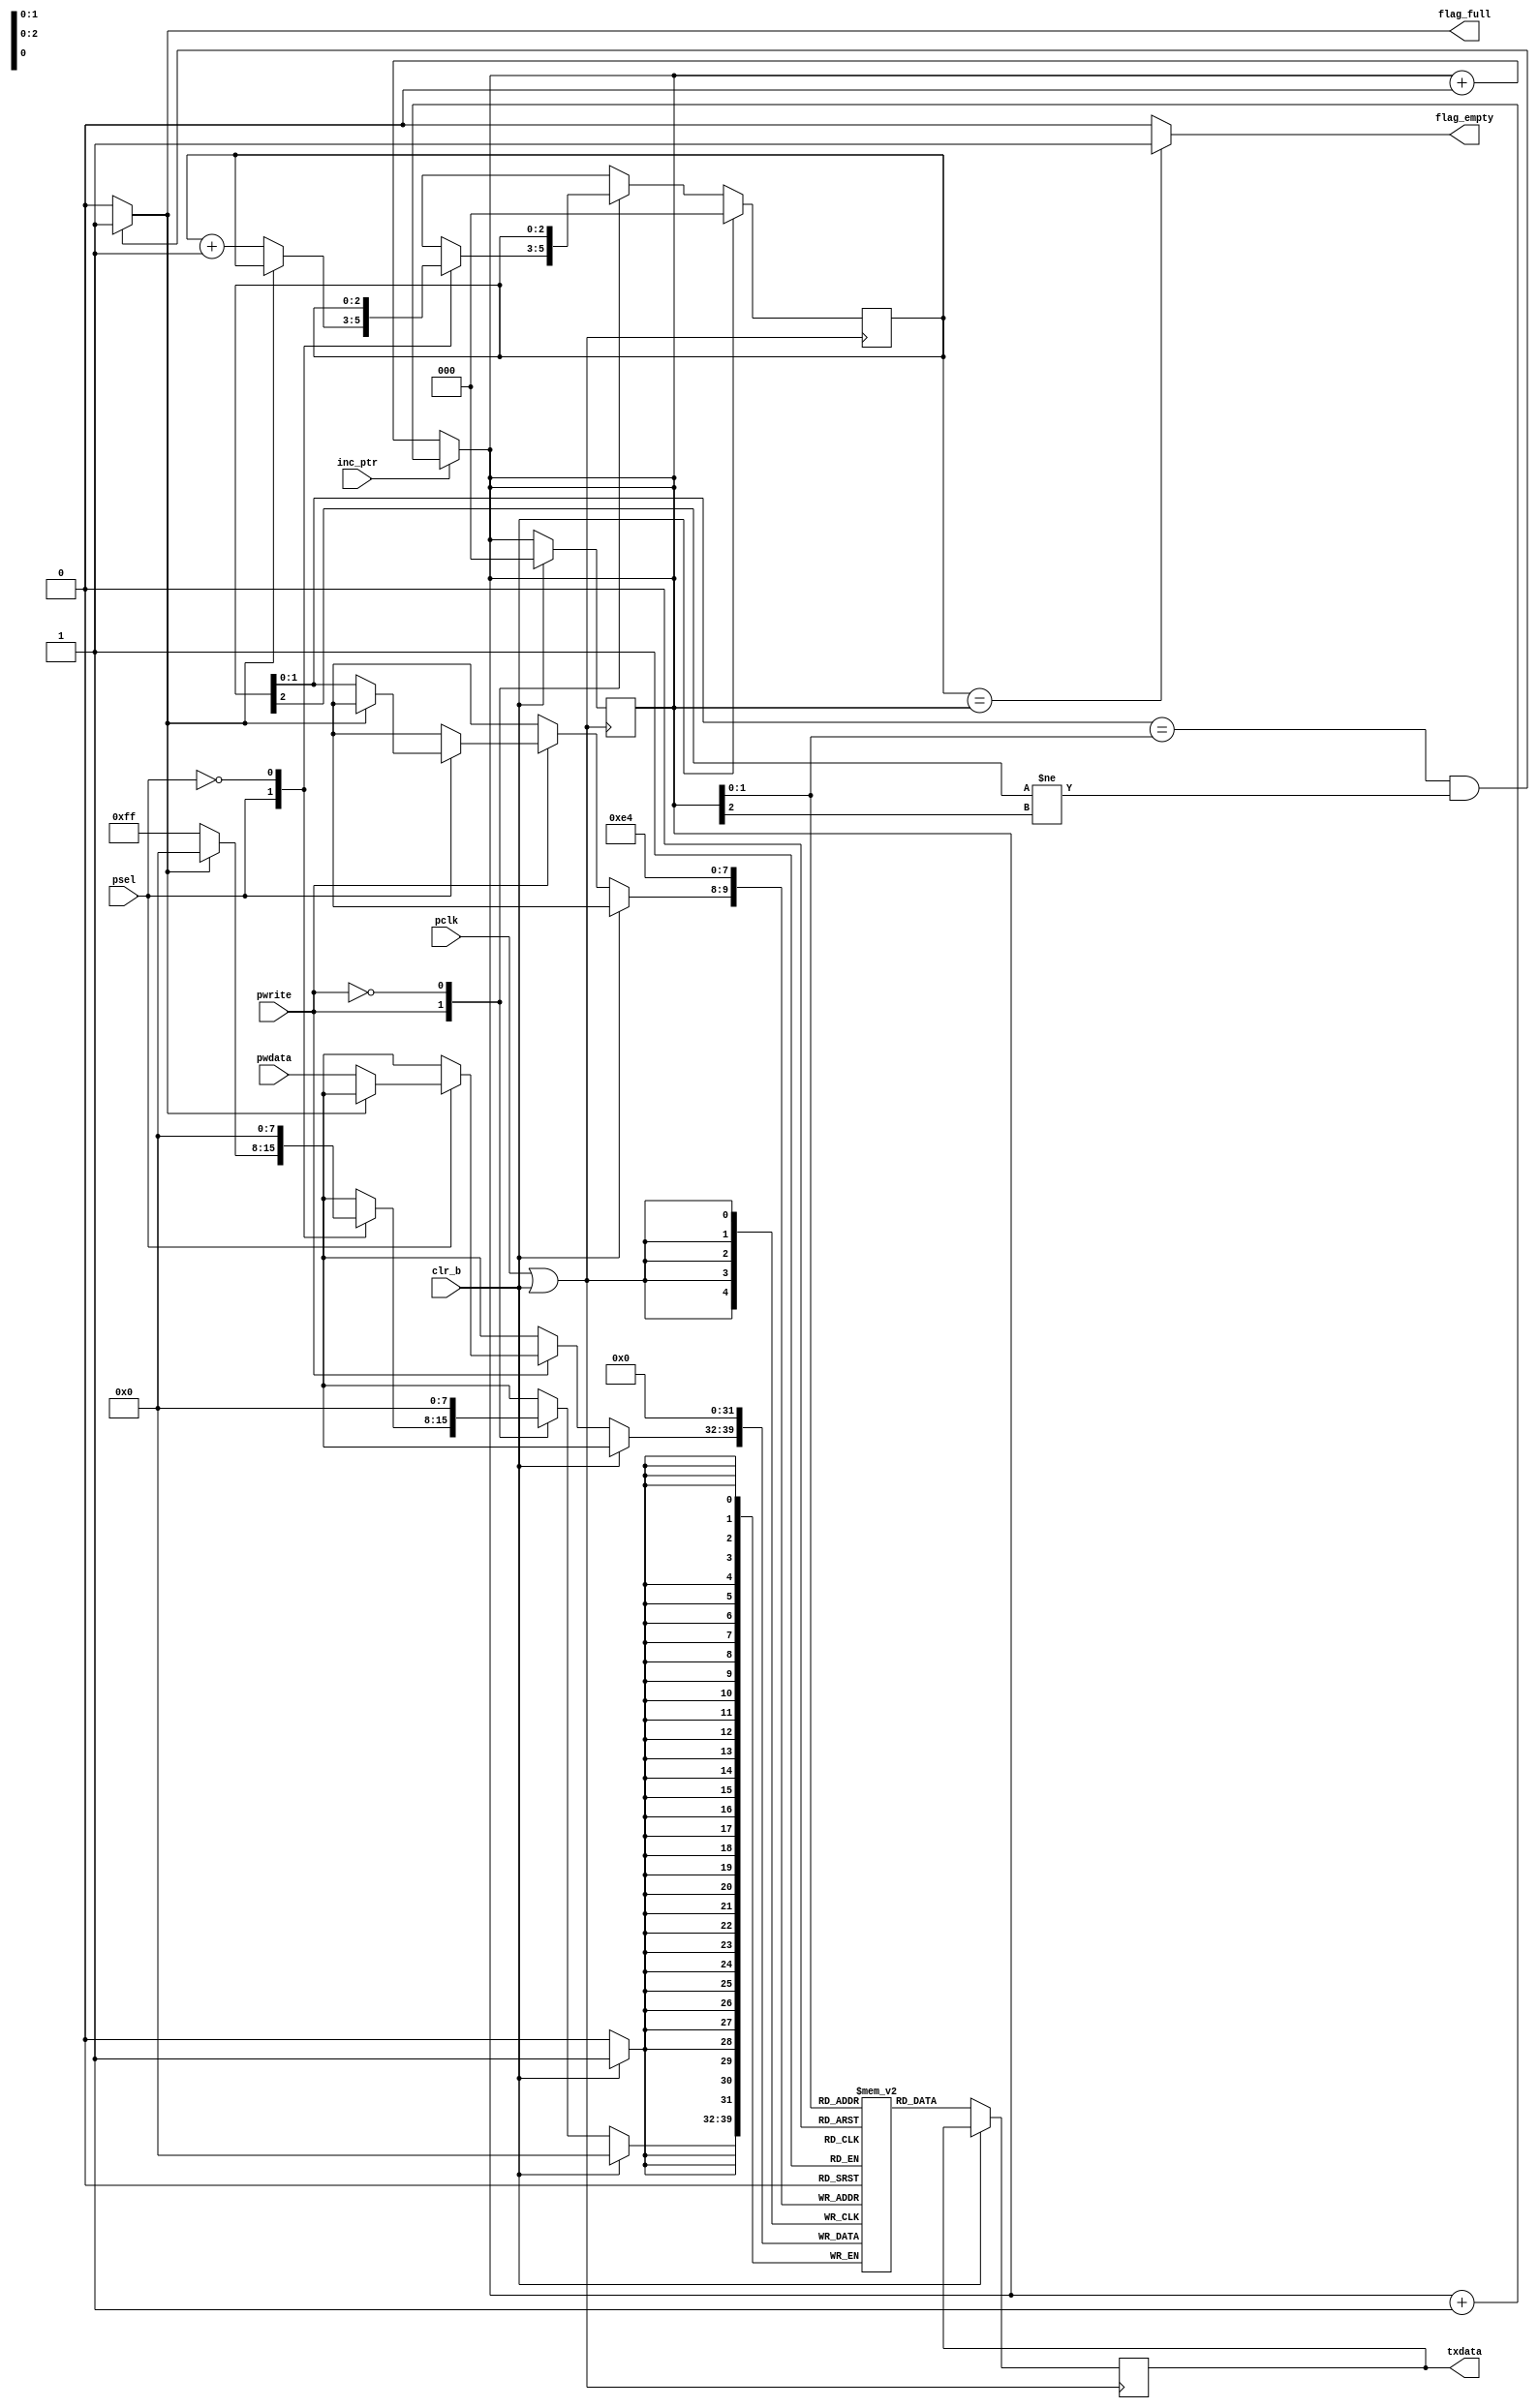
module TxFIFO (
    input psel, pwrite, clr_b, pclk, inc_ptr,
    input [7:0] pwdata,
    output reg [7:0] txdata,
    output reg flag_empty, flag_full
);

    reg [2:0] w_ptr, r_ptr; // [2] is the phase counter, [1:0] is the FIFO location counter
    reg [7:0] mem [3:0]; // Storage locations in FIFO

    localparam write_mode = 1'b1;
    localparam read_mode = 1'b0;
    localparam read_enabled = 1'b1;
    localparam read_disabled = 1'b0;

    initial begin
        w_ptr = 3'b000;
        r_ptr = 3'b000;
    end

    always @ (inc_ptr)
    begin
        r_ptr <= (inc_ptr)? r_ptr + 1'b1 : r_ptr + 1'b0;
    end

    always @ (*)
    begin
        flag_empty = (w_ptr == r_ptr)? 1'b1 : 1'b0;
        flag_full = ((w_ptr[1:0] == r_ptr[1:0]) && (w_ptr[2] != r_ptr[2]))? 1'b1 : 1'b0;
    end

    always @ (posedge (pclk | clr_b))
    begin
        if(clr_b == 1'b1) begin
            mem[0] <= 8'b00000000;
            mem[1] <= 8'b00000000;
            mem[2] <= 8'b00000000;
            mem[3] <= 8'b00000000;
            w_ptr[2:0] <= 3'b000;
            r_ptr[2:0] <= 3'b000;
        end else begin
            case (pwrite)
                write_mode:
                case(psel)
                    read_enabled:
                    begin
                        if(flag_full == 1'b0) begin
                            mem[w_ptr[1:0]] <= pwdata;
                            w_ptr = w_ptr + 1'b1;
                        end  else begin // don't write if flag_full set high
                        end
                        txdata <= mem[r_ptr[1:0]];

                    end
                    read_disabled:
                    begin
                        txdata <= mem[r_ptr[1:0]];

                    end
                endcase
                read_mode:
                begin
                    case(psel)
                        read_enabled:
                        begin
                            txdata <= mem[r_ptr[1:0]];
                        end
                        read_disabled:
                        begin
                            txdata <= mem[r_ptr[1:0]];

                        end
                    endcase
                end
            endcase
        end
    end
endmodule